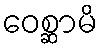
ဝေစ္ဆာမိ